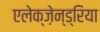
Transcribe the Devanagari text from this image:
एलेक्ज़ेन्ड्रिया